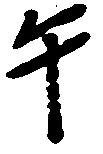
午